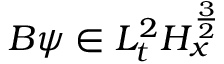
B \psi \in L _ { t } ^ { 2 } H _ { x } ^ { \frac { 3 } { 2 } }